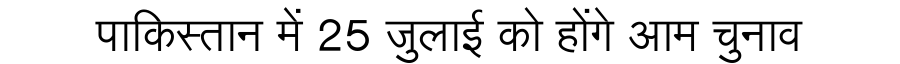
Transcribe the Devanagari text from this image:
पाकिस्तान में 25 जुलाई को होंगे आम चुनाव